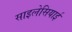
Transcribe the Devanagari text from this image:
साइलेसियाई